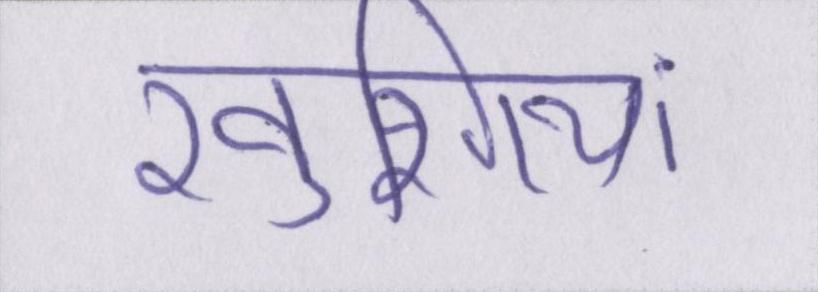
खुशियां